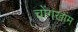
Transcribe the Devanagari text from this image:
चोंगखाम